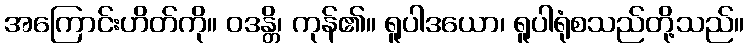
အကြောင်းဟိတ်ကို။ ဝဒန္တိ၊ ကုန်၏။ ရူပါဒယော၊ ရူပါရုံစသည်တို့သည်။